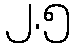
၂.၅